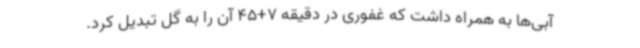
آبی‌ها به همراه داشت که غفوری در دقیقه 7+45 آن را به گل تبدیل کرد.